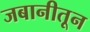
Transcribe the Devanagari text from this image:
जबानीतून